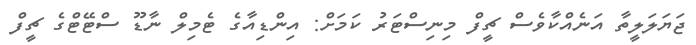
ޖަޔަލަލީތާ އަނެއްކާވެސް ޗީފް މިނިސްޓަރު ކަމަށް: އިންޑިއާގެ ޓެމިލް ނާޑޫ ސްޓޭޓްގެ ޗީފް